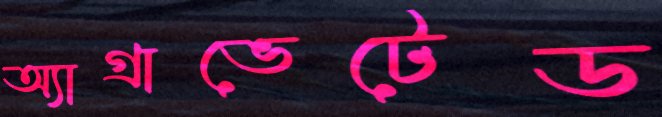
অ্যাগ্রাভেটেড